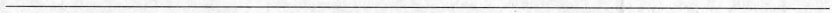
___